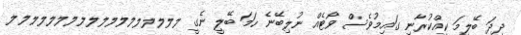
ދިދަ ބޭލީމަ ކީއްކުރާނި ގައިމުވެސް ވޯޓެއް ނުލިބޭނެ ހަމަ ބޭލީ ނެގީ ލލލލލލލލލލލލލލލލލލ